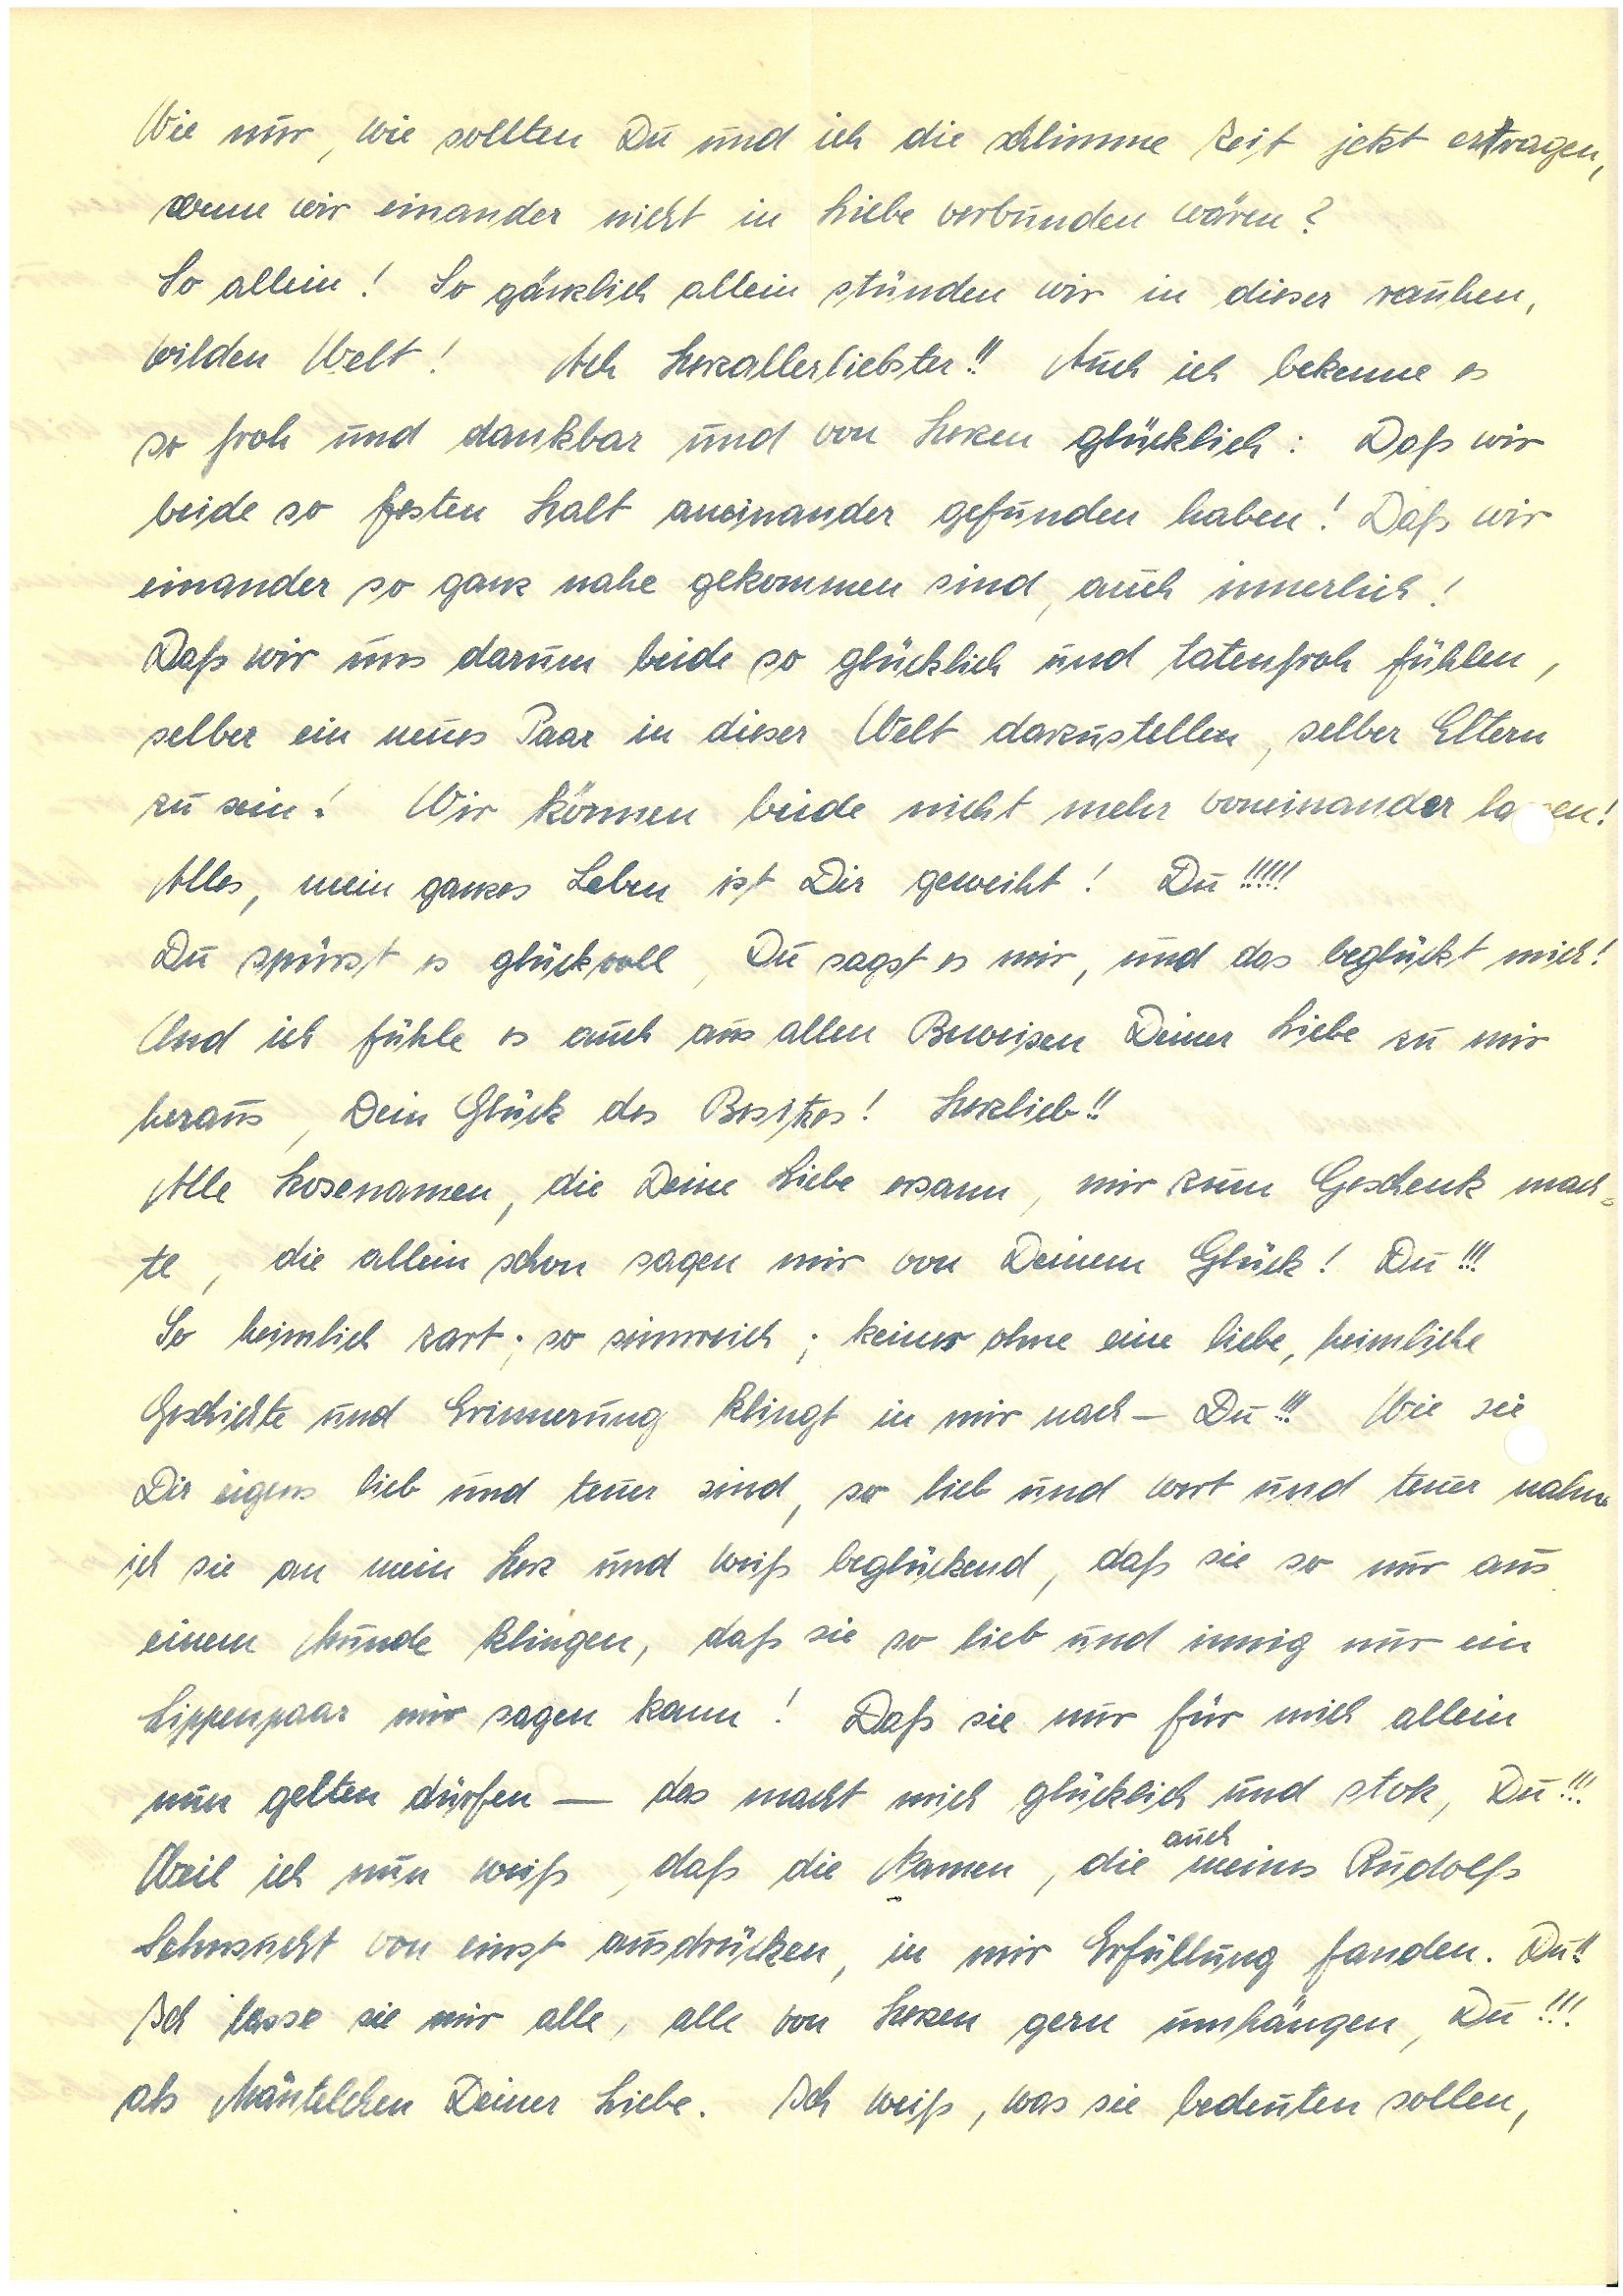
Wie nur, wie sollten Du und ich die schlimme Zeit jetzt ertragen,
wenn wir einander nicht in Liebe verbunden wären?
So allein! So gänzlich allein stünden wir in dieser rauhen,
wilden Welt! Ach Herzallerliebster!! Auch ich bekenne es
so froh und dankbar und von Herzen glücklich: Daß wir
beide so festen Halt aneinander gefunden haben! Daß wir
einander so ganz nahe gekommen sind, auch innerlich!
Daß wir uns darum beide so glücklich und tatenfroh fühlen,
selber ein neues Paar in dieser Welt darzustellen, selber Eltern
zu sein! Wir können beide nicht mehr voneinander laen!
Alles, mein ganzes Leben ist Dir geweiht! Du!!!!!
Du spürst es nur glückvoll, Du sagst es mir, und das beglückt mich!
Und ich fühle es auch aus allen Beweisen Deiner Liebe zu mir
heraus, Dein Glück des Besitzes! Herzlieb!!
Alle Kosenamen, die Deine Liebe ersann, mir zum Geschenk mach¬
te, die allein schon sagen mir von Deinem Glück! Du!!!
So heimlich zart; so sinnreich; keiner ohne eine liebe, heimliche
Geschichte und Erinnerung klingt in mir nach – Du!!! Wie sie
Dir eigens lieb und teuer sind, so lieb und wert und teuer nahm
ich sie an mein Herz und weiß beglückend, daß sie so nur aus
einem Munde klingen, daß sie so lieb und innig nur ein
Lippenpaar mir sagen kann! Daß sie nur für mich allein
nun gelten dürfen – das macht mich glücklich und stolz, Du!!!
auch
Weil ich nun weiß, daß die Namen, die meines
Sehnsucht von einst ausdrücken, in mir Erfüllung fanden. Du!!
Ich lasse sie mir alle, alle von Herzen gern umhängen, Du!!!
als Mäntelchen Deiner Liebe. Ich weiß, was sie bedeuten sollen,